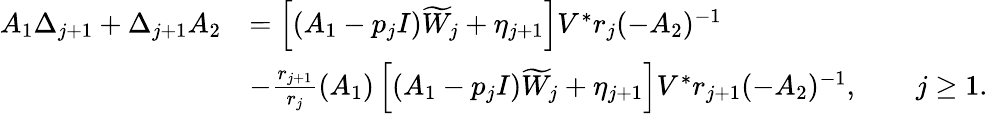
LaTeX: \begin{array}{rl}{A_{1}\Delta_{j+1}+\Delta_{j+1}A_{2}}&{=\left[(A_{1}-p_{j}I)\widetilde{W}_{j}+\eta_{j+1}\right]V^{*}r_{j}(-A_{2})^{-1}}\\ &{-\frac{r_{j+1}}{r_{j}}(A_{1})\left[(A_{1}-p_{j}I)\widetilde{W}_{j}+\eta_{j+1}\right]V^{*}r_{j+1}(-A_{2})^{-1},\qquad j\geq 1.}\end{array}